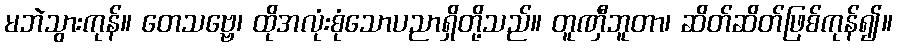
မဘဲသွားကုန်။ တေသဗ္ဗေ၊ ထိုအလုံးစုံသောပညာရှိတို့သည်။ တူဏှီဘူတာ၊ ဆိတ်ဆိတ်ဖြစ်ကုန်၍။